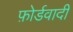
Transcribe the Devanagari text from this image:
फ़ोर्डवादी